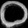
Digit: ၀